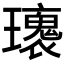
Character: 𤪿